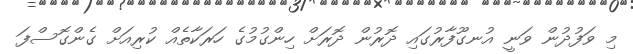
މި ވަފުދުން ވަނީ އުނގޫފާރުގައި ދޮރުން ދޮރަށް ހިންގުމުގެ ހަރަކާތެއް ކުރިއަށް ގެންގޮސްފަ